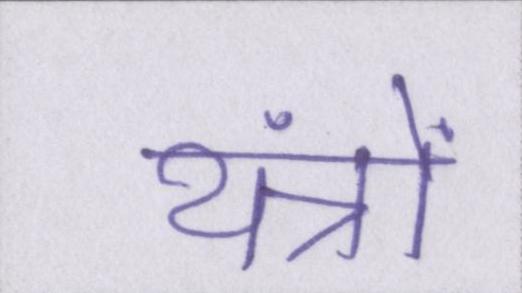
यंत्रों